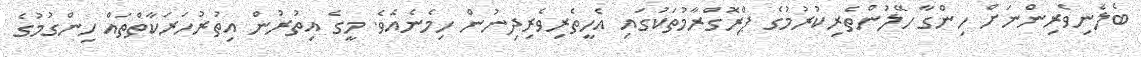
ބެލެނިވެރިންނަށް ހިންގާ ހޭލުންތެރިކުރުމުގެ ޕްރޮގްރާމުތަކުގައި އެހީތެރިވެރިދިނުން ހިމެނެއެވެ. މީގެ އިތުރުން އިތުރުހަރަކާތްތައް ހިންގުމުގެ